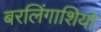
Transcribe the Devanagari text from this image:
बरलिंगाशियो